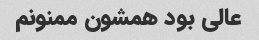
عالی بود همشون ممنونم